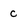
Character: c